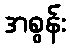
အစွန်း